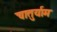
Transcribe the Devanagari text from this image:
चातुर्याम